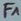
Text: F1